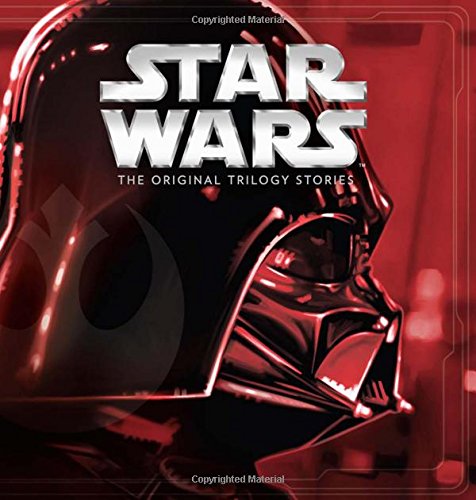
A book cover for Star Wars: The Original Trilogy Stories ((Storybook Collection)); Disney Book Group; Children's Books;